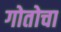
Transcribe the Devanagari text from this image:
गोतोचा